Veterinary [1916] -
Year: 1916
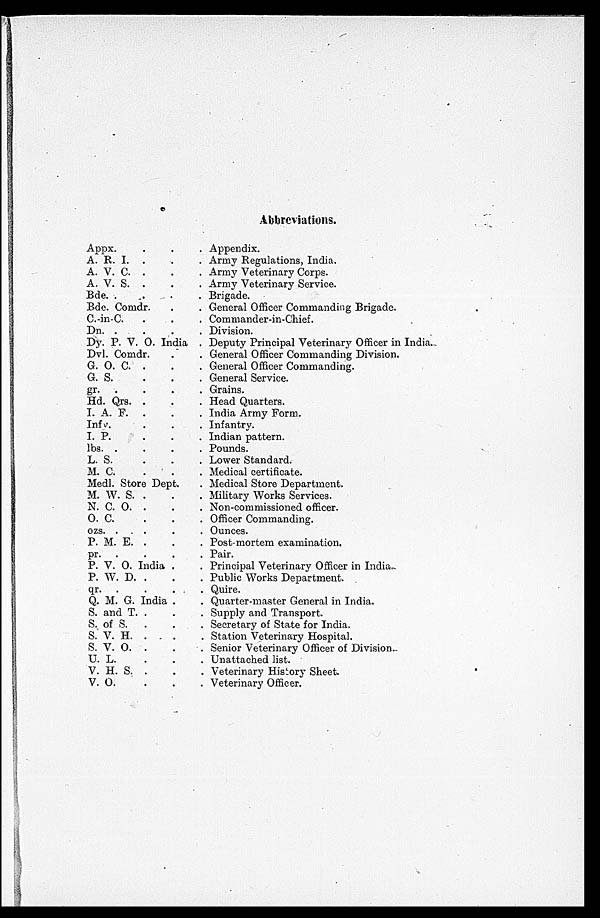
Abbreviations.
Appx. . .
A. R. I. . .
A. V. C. . .
A. V. S. . .
Bde. . . .
Bde. Comdr. .
C.-in-C. . .
Dn. . . .
Dy. P. V. O. India
Dvl. Comdr. .
G. O. C. .
G. S.
gr. . . .
Hd. Qrs. . .
I. A. F. . .
Infy. . .
I. P. . .
lbs. . . .
L. S.
M. C. . .
Medl. Store Dept.
M. W. S. . .
N. C. O. . .
O. C. . .
ozs. . . .
P. M. E. . .
pr. . . .
P. V. O. India . .
P. W. D. . . .
qr. . . . .
Q. M. G. India . .
S. and T. . .
S. of S. . . .
S. V. H. . . .
S. V. O. . . .
U. L. . . .
V. H. S. . . .
V. O. . . .
Appendix.
Army Regulations, India.
Army Veterinary Corps.
Army Veterinary Service.
Brigade.
General Officer Commanding Brigade.
Commander-in-Chief.
Division.
Deputy Principal Veterinary Officer in India.
General Officer Commanding Division.
General Officer Commanding.
General Service.
Grains.
Head Quarters.
India Army Form.
Infantry.
Indian pattern.
Pounds.
Lower Standard.
Medical certificate.
Medical Store Department.
Military Works Services.
Non-commissioned officer.
Officer Commanding.
Ounces.
Post-mortem examination.
Pair.
Principal Veterinary Officer in India.
Public Works Department.
Quire.
Quarter-master General in India.
Supply and Transport.
Secretary of State for India.
Station Veterinary Hospital.
Senior Veterinary Officer of Division.
Unattached list.
Veterinary History Sheet.
Veterinary Officer.